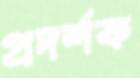
প্রদর্শক